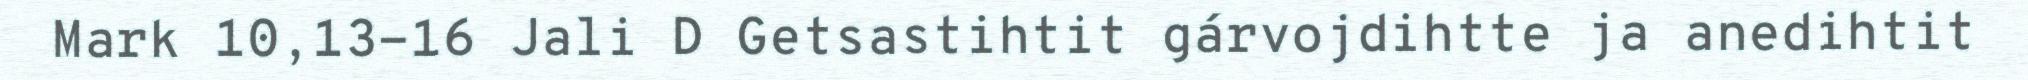
Mark 10,13-16 Jali D Getsastihtit gárvojdihtte ja anedihtit